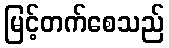
မြင့်တက်စေသည်